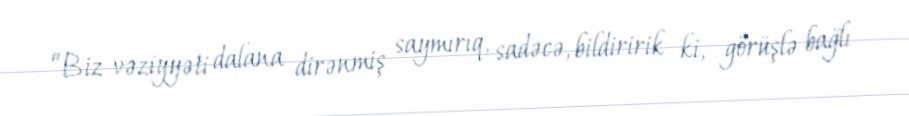
“Biz vəziyyəti dalana dirənmiş saymırıq, sadəcə, bildiririk ki, görüşlə bağlı